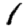
Digit: 1